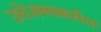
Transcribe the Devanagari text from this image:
उत्तेजनाकरीता